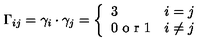
\Gamma _ { i j } = \gamma _ { i } \cdot \gamma _ { j } = \left\{ \begin{array} { l l } { 3 } & { i = j } \\ { 0 \textrm { o r } 1 } & { i \ne j } \\ \end{array} \right.